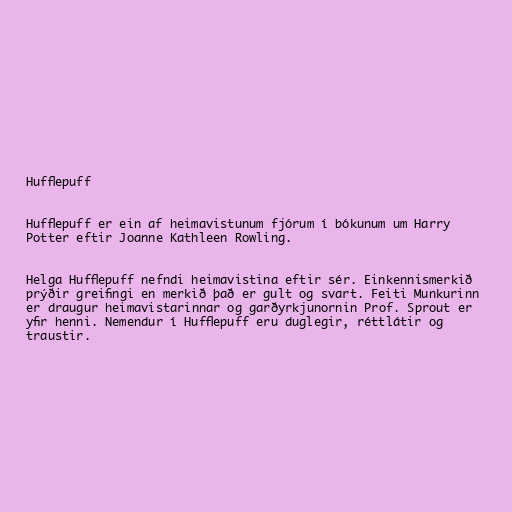
Hufflepuff

Hufflepuff er ein af heimavistunum fjórum í bókunum um Harry
Potter eftir Joanne Kathleen Rowling.

Helga Hufflepuff nefndi heimavistina eftir sér. Einkennismerkið
prýðir greifingi en merkið það er gult og svart. Feiti Munkurinn
er draugur heimavistarinnar og garðyrkjunornin Prof. Sprout er
yfir henni. Nemendur í Hufflepuff eru duglegir, réttlátir og
traustir.